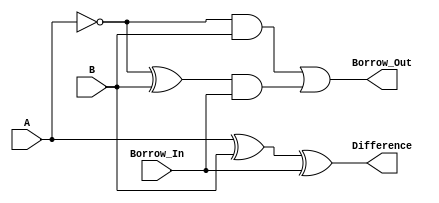
module full_subtractor (
    input A,
    input B,
    input Borrow_In,
    output Difference,
    output Borrow_Out
);

assign Difference = A ^ B ^ Borrow_In;
assign Borrow_Out = (~A & B) | ((~A ^ B) & Borrow_In);

endmodule